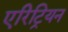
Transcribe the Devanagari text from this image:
एरिट्रियन